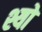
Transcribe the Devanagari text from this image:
श्यो